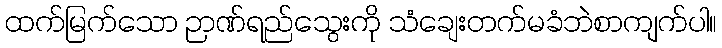
ထက်မြက်သော ဉာဏ်ရည်သွေးကို သံချေးတက်မခံဘဲစာကျက်ပါ။